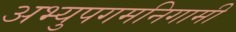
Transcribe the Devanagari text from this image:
अभ्युपगमनिगामी